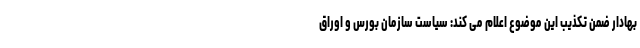
بهادار ضمن تکذیب این موضوع اعلام می کند: سیاست سازمان بورس و اوراق